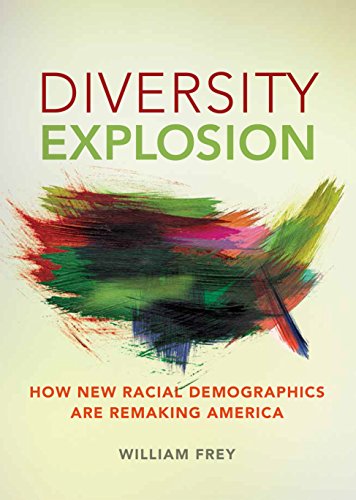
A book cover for Diversity Explosion: How New Racial Demographics are Remaking America; William H. Frey; History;